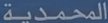
المحمدية